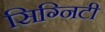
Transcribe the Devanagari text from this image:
सिग्निटी